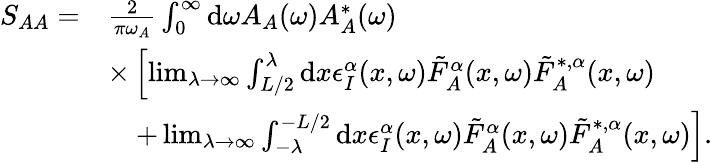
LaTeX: \begin{array}{rl}{S_{AA}=}&{\frac{2}{\pi\omega_{A}}\int_{0}^{\infty}\mathrm{d}\omega A_{A}(\omega)A_{A}^{*}(\omega)}\\ &{\times\left[\operatorname*{lim}_{\lambda\to\infty}\int_{L/2}^{\lambda}\mathrm{d}x\epsilon_{I}^{\alpha}(x,\omega)\tilde{F}_{A}^{\alpha}(x,\omega)\tilde{F}_{A}^{*,\alpha}(x,\omega)\right.}\\ &{\quad+\left.\operatorname*{lim}_{\lambda\to\infty}\int_{-\lambda}^{-L/2}\mathrm{d}x\epsilon_{I}^{\alpha}(x,\omega)\tilde{F}_{A}^{\alpha}(x,\omega)\tilde{F}_{A}^{*,\alpha}(x,\omega)\right].}\end{array}